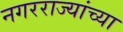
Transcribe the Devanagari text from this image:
नगरराज्यांच्या